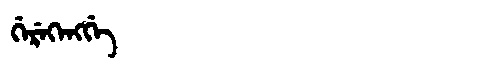
Manchu: ᡤᡝᡵᡝᡴᡝᠩᡤᡝ
Romanization: GEREKENGGE